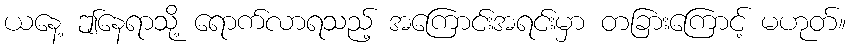
ယနေ့ ဤနေရာသို့ ရောက်လာရသည့် အကြောင်းအရင်းမှာ တခြားကြောင့် မဟုတ်။